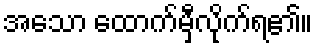
အသော ထောက်မှီလိုက်ရ၏။